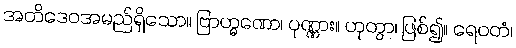
အတိဒေဝအမည်ရှိသော။ ဗြာဟ္မဏော၊ ပုဏ္ဏား။ ဟုတွာ၊ ဖြစ်၍။ ရေဝတံ၊